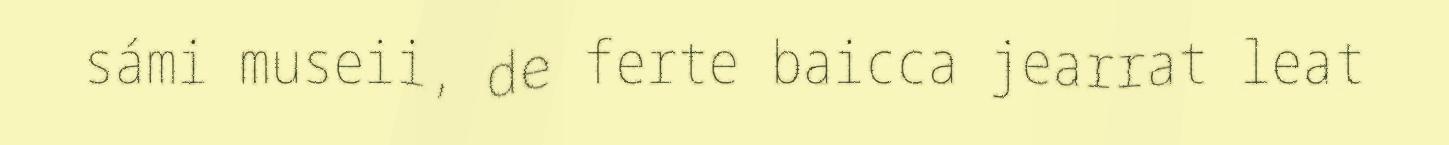
sámi museii, de ferte baicca jearrat leat